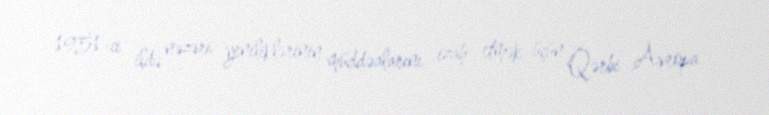
1951-ci ildə nəzəri yeniliklərinin müddəalarını izah etmək üçün Qərbi Avropa